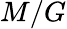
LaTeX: M/G